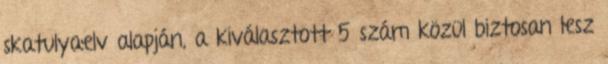
skatulyaelv alapján, a kiválasztott 5 szám közül biztosan lesz